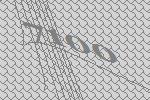
7100